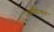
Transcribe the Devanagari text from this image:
आदित्यन